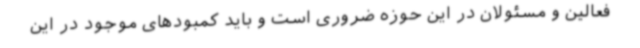
فعالین و مسئولان در این حوزه ضروری است و باید کمبودهای موجود در این